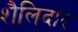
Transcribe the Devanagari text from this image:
शैलिदार